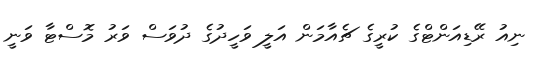
ނިއު ރޭޑިއަންޓްގެ ކުރީގެ ޗެއާމަން އަލީ ވަހީދުގެ ދުވަސް ވަރު މޮސްޓާ ވަނީ